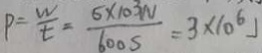
P = \frac { W } { t } = \frac { 6 \times 1 0 ^ { 3 } N } { 6 0 0 S } = 3 \times 1 0 ^ { 6 } J